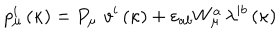
p _ { \mu } ^ { i } \left( \kappa \right) = P _ { \mu } \, \, v ^ { i } \left( \kappa \right) + \varepsilon _ { a b } W _ { \mu } ^ { a } \, \lambda ^ { i b } \left( \kappa \right)